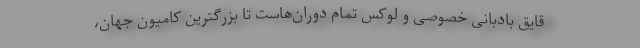
قایق بادبانی خصوصی و لوکس تمام دوران‌هاست تا بزرگترین کامیون جهان،